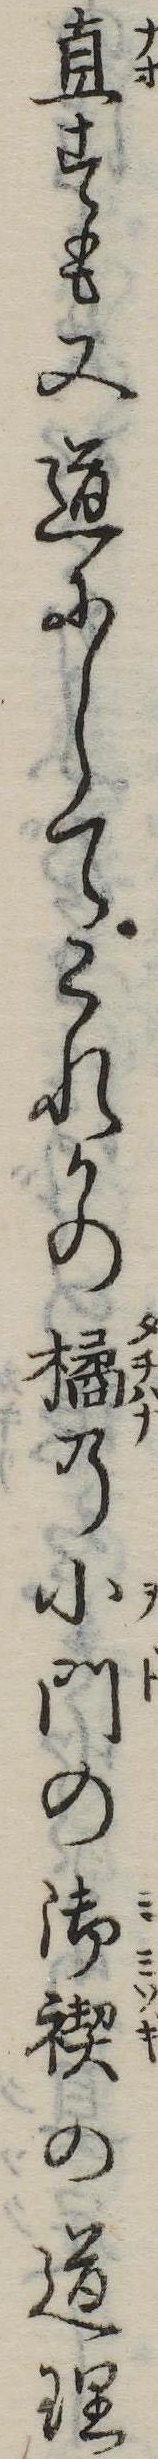
直すも又道にしてこれかの橘の小門の御禊の道理